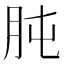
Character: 肫